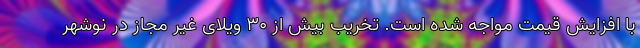
با افزایش قیمت مواجه شده است. تخریب بیش از ۳۰ ویلای غیر مجاز در نوشهر